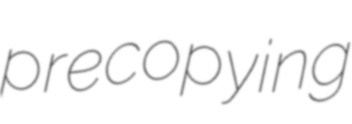
precopying